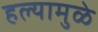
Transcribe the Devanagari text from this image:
हल्यामुळे